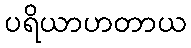
ပရိယာဟတာယ